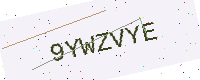
Text: 9YWZVYE